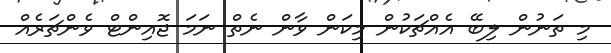
މި ތަނުން ލިބޭ އެއްޗަކުން މިކަން ވާން ނެތް ނަމަ ޖޮއިންޓް ވެންޗަރެއް